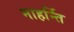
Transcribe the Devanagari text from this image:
नाहर्न्ति